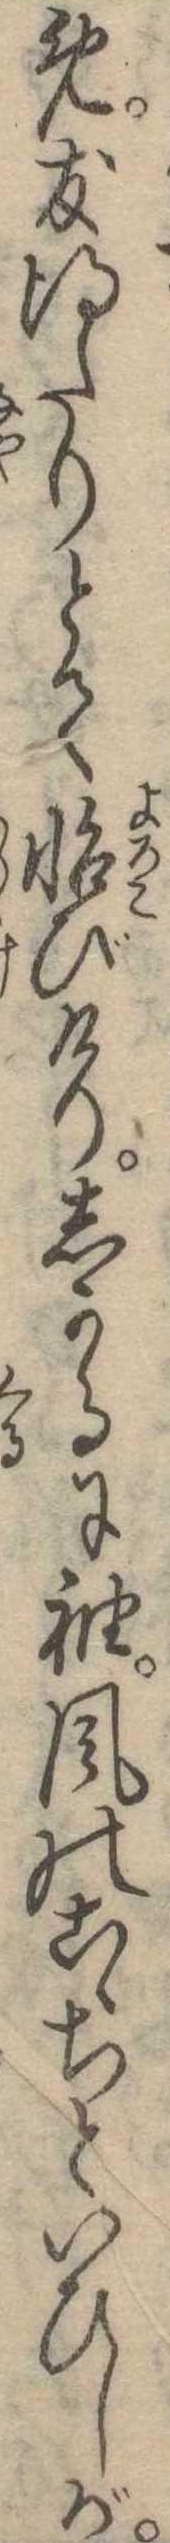
め友得たりとて怡びけりしかるに袖風のこゝちといひしが